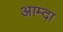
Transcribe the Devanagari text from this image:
आम्दा